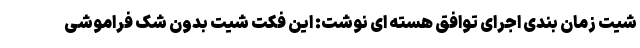
شیت زمان بندی اجرای توافق هسته ای نوشت: این فکت شیت بدون شک فراموشی